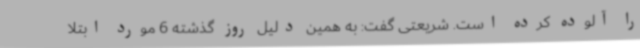
را آلوده کرده است. شریعتی گفت: به همین دلیل روز گذشته 6 مورد ابتلا